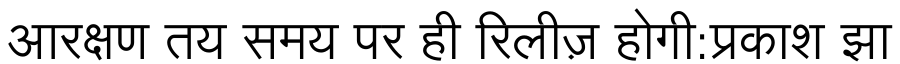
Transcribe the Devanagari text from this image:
आरक्षण तय समय पर ही रिलीज़ होगी:प्रकाश झा